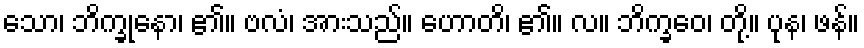
သော၊ ဘိက္ခုနော၊ ၏။ ဗလံ၊ အားသည်။ ဟောတိ၊ ၏။ လ။ ဘိက္ခဝေ၊ တို့။ ပုန၊ ဖန်။